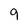
Character: 9